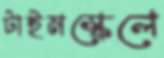
টাইমস্কেলে